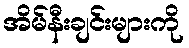
အိမ်နီးချင်းများကို